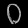
Digit: ၀